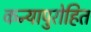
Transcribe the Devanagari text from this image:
कन्यापुरोहित